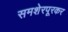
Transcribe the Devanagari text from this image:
समशेरपूरकर